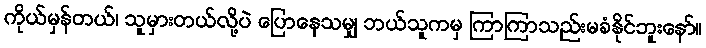
ကိုယ်မှန်တယ်၊ သူမှားတယ်လို့ပဲ ပြောနေသမျှ ဘယ်သူကမှ ကြာကြာသည်းမခံနိုင်ဘူးနော်။